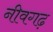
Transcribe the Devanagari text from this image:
नीवगढ़